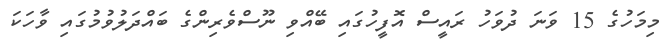
މިމަހުގެ 15 ވަނަ ދުވަހު ރައީސް އޮފީހުގައި ބޭއްވި ނޫސްވެރިންގެ ބައްދަލުވުމުގައި ވާހަކަ